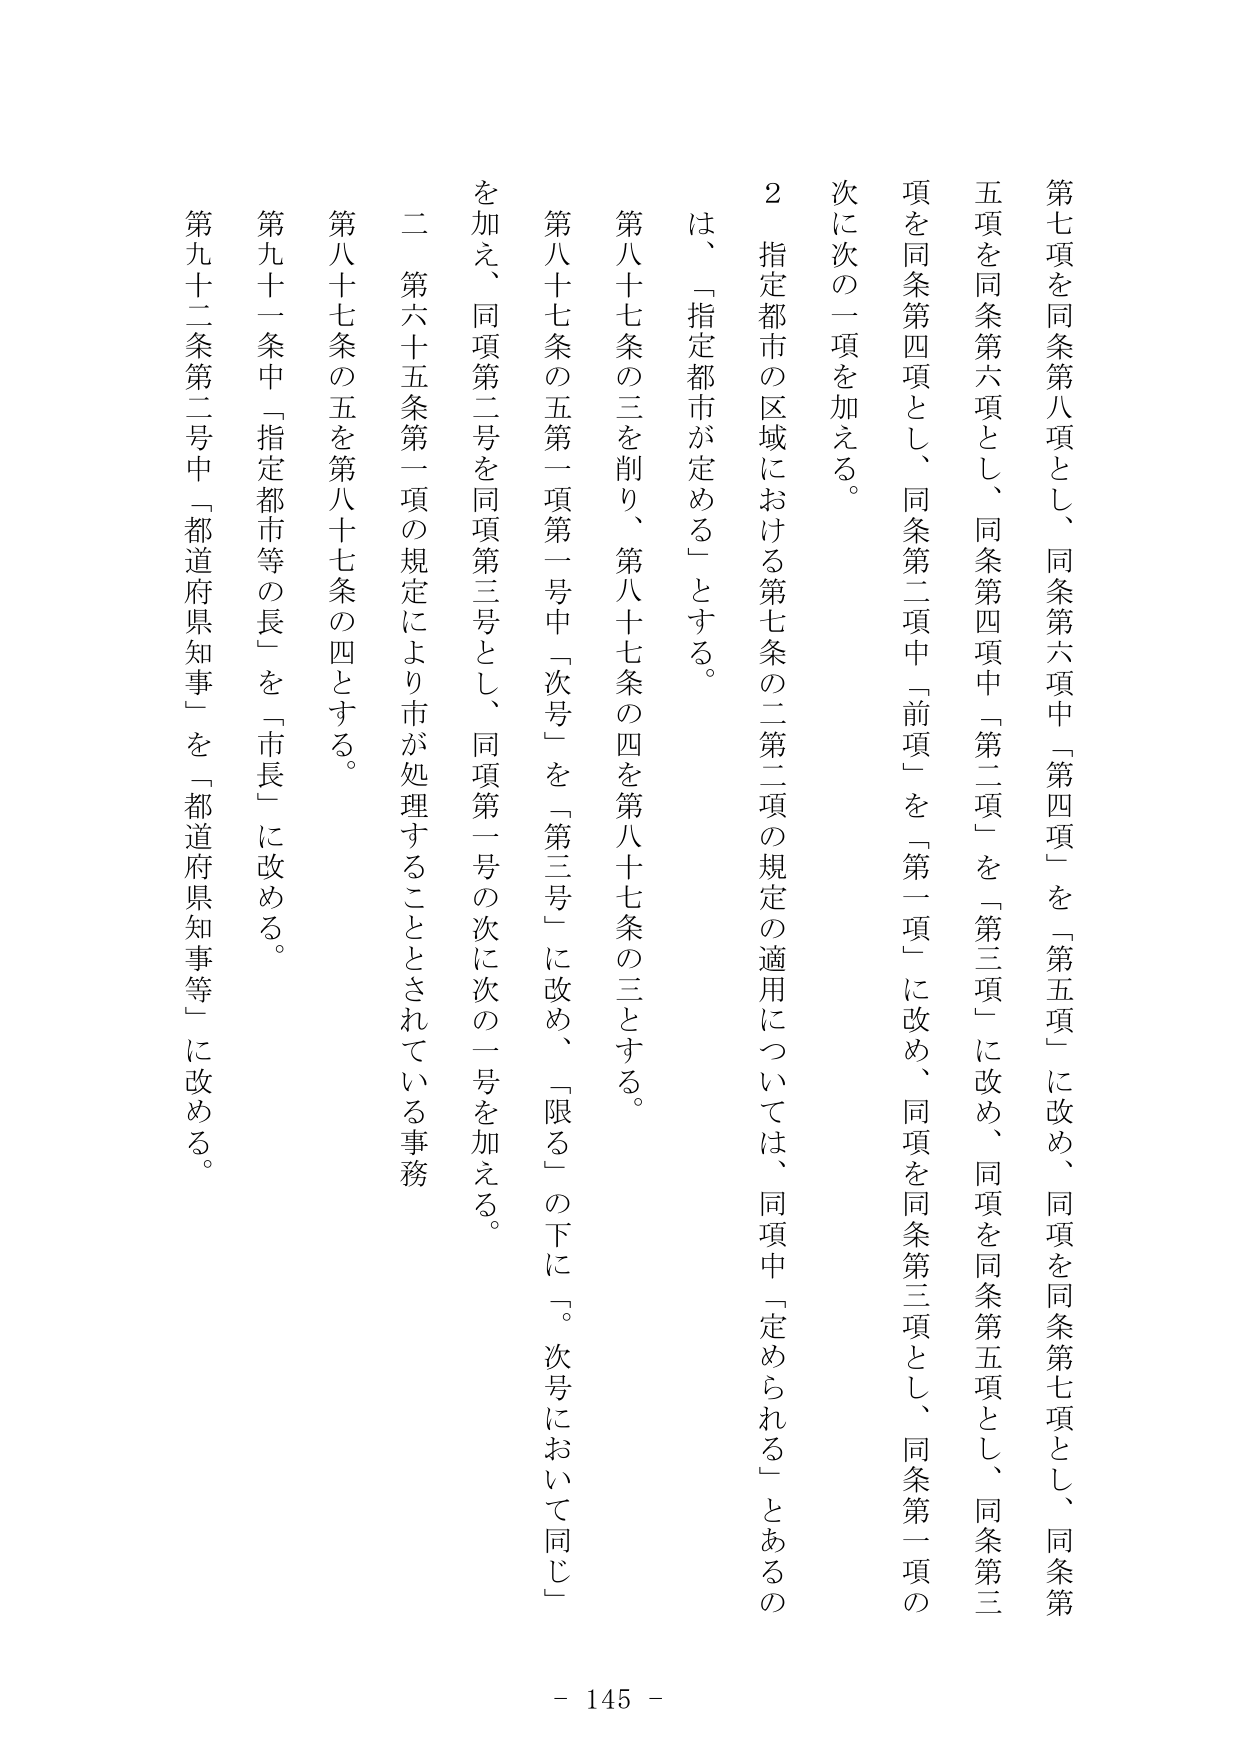
第七項を同条第八項とし、同条第六項中「第四項」を「第五項」に改め、同項を同条第七項とし、同条第五項を同条第六項とし、同条第四項中「第二項」を「第三項」に改め、同項を同条第五項とし、同条第三項を同条第四項とし、同条第二項中「前項」を「第一項」に改め、同項を同条第三項とし、同条第一項の次に次の二項を加える。

２ 指定都市の区域における第七条の二第二項の規定の適用については、同項中「定められる」とあるのは、「指定都市が定める」とする。

第八十七条の三を削り、第八十七条の四を第八十七条の三とする。

第八十七条の五第一項第一号中「次号」を「第三号」に改め、「限る」の下に「。次号において同じ」を加え、同項第二号を同項第三号とし、同項第一号の次に次の一号を加える。

二 第六十五条第一項の規定により市が処理することとされている事務

第八十七条の五を第八十七条の四とする。

第九十一条中「指定都市等の長」を「市長」に改める。

第九十二条第二号中「都道府県知事」を「都道府県知事等」に改める。

- 145 -